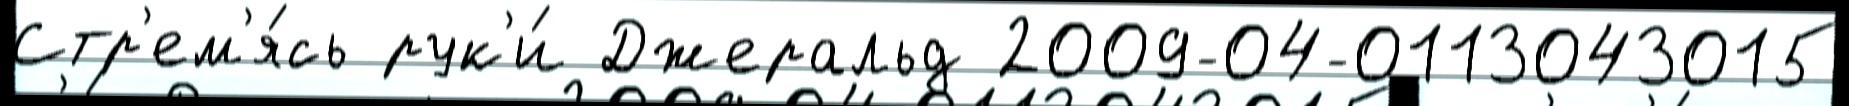
Стр'ем'я́сь рук'и́ Джеральд 2009-04-0113043015